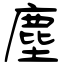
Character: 塵